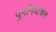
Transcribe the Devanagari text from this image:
पुननिर्वाचन